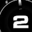
Digit: 2